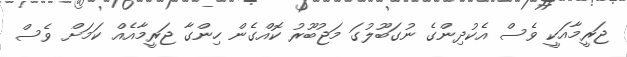
ޖަރީމާއަކީ ވެސް އެކުދިންގެ ނުގަބޫލުގަ މަޖުބޫރު ކޮއްގެން ހިންގާ ޖަރީމާއެއް ކަމަށް ވެސް